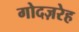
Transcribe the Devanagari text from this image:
गोदज़रेह